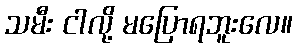
သမီး ငါလို့ မပြောရဘူးလေ။